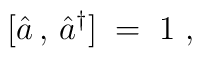
[ {\hat a}\,,\, {\hat a}^\dagger ] \;=\; 1 \;,